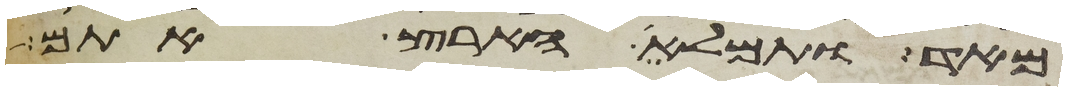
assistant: מאד ותמלא הארץ אתם